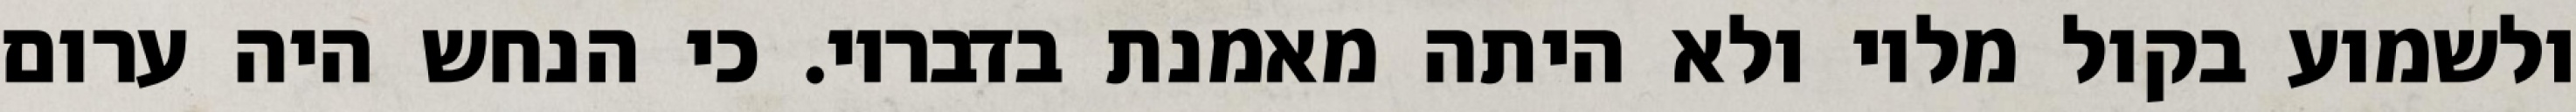
ולשמוע בקול מליו ולא היתה מאמנת בדבריו. כי הנחש היה ערום